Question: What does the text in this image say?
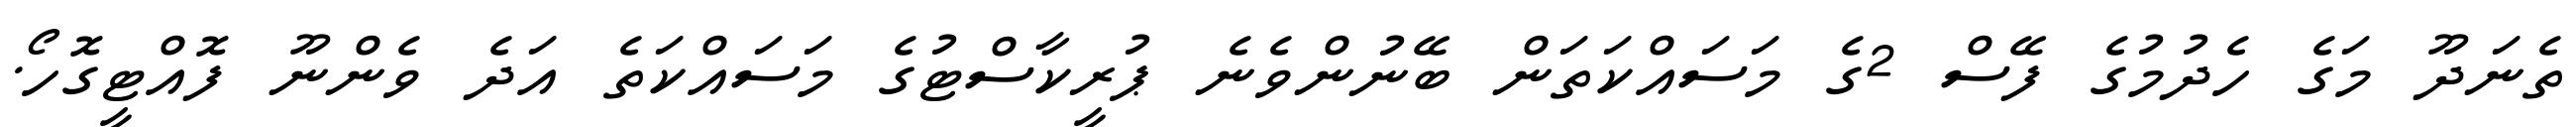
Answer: ތެނަދޫ މަގެ ހެދުމުގެ ފޭސް 2ގެ މަސައްކަތަން ބޭނުންވެނެ ޕުރީކާސްޓުގެ މަސައްކަތެ އަދެ ވެންނޫ ފޮއްޓީގޮހޯ.